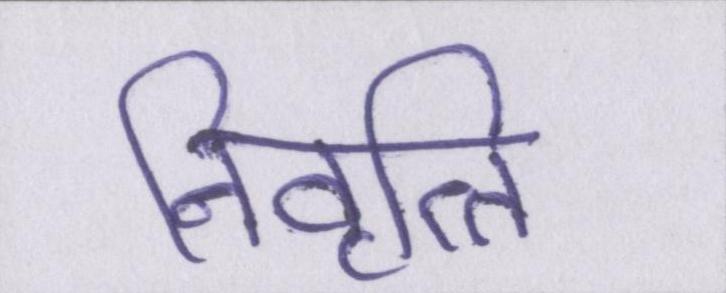
निवृत्ति